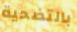
بالتضحية